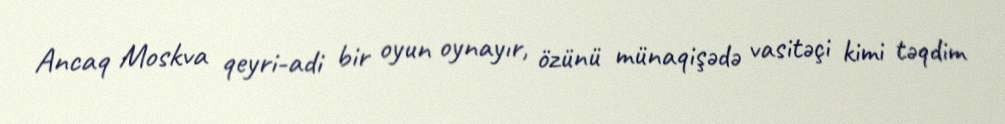
Ancaq Moskva qeyri-adi bir oyun oynayır, özünü münaqişədə vasitəçi kimi təqdim